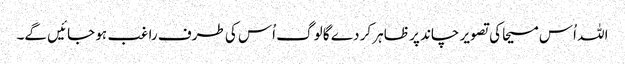
اللہ اُس مسیحا کی تصویر چاند پر ظاہر کر دے گا لوگ اُس کی طرف راغب ہو جائیں گے۔